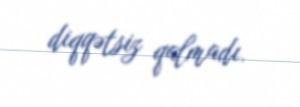
diqqətsiz qalmadı.